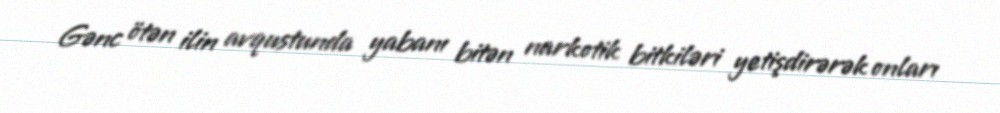
Gənc ötən ilin avqustunda yabanı bitən narkotik bitkiləri yetişdirərək onları